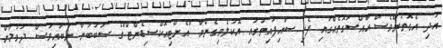
އަދި އެގޮތުންވެސް ޙާއްސަގޮތެއްގައި ފެހި ސައިފައިތުގައި އެކުލެވިގެންވާ "އެންޓިއޮކްސިޑެންޓް"ގެ ސަބަބުން ނުބައިވަސް ދުވުމަށް